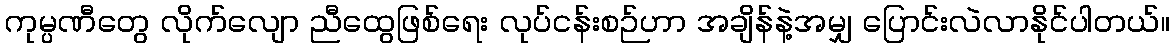
ကုမ္ပဏီတွေ လိုက်လျော ညီထွေဖြစ်ရေး လုပ်ငန်းစဉ်ဟာ အချိန်နဲ့အမျှ ပြောင်းလဲလာနိုင်ပါတယ်။